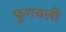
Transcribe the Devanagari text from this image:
फुगवली